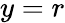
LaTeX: y=r